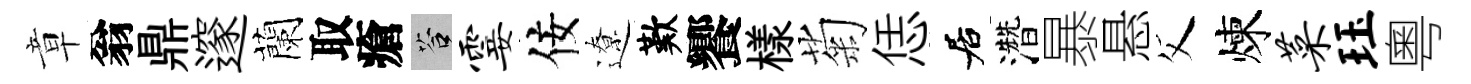
章翁鼎邃蘭取瘡答霎佞遼歎饗樣菊恁居濳暴悬父煉菜珏粵